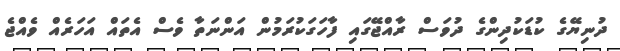
ދުނިޔޭގެ ކުޑަކުދިންގެ ދުވަސް ރާއްޖޭގައި ފާހަގަކުރަމުން އަންނަތާ ވެސް އެތައް އަހަރެއް ވެއްޖެ